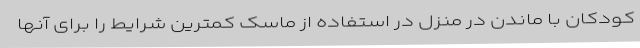
کودکان با ماندن در منزل در استفاده از ماسک کمترین شرایط را برای آنها